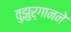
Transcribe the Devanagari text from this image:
वुझुर्गानने